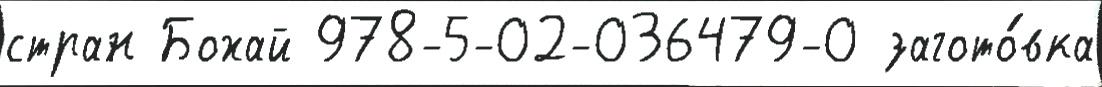
стран Бохай 978-5-02-036479-0 загото́вка